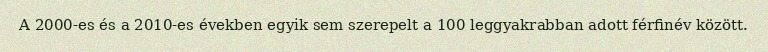
A 2000-es és a 2010-es években egyik sem szerepelt a 100 leggyakrabban adott férfinév között.